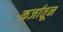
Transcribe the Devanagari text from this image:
कर्जातून